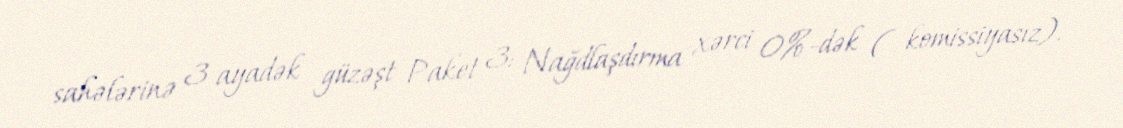
sahələrinə 3 ayadək güzəşt Paket 3: Nağdlaşdırma xərci 0%-dək ( komissiyasız).